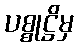
ပစ္စုဋ္ဌိမှ